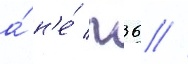
а́ н'е́ п36 //